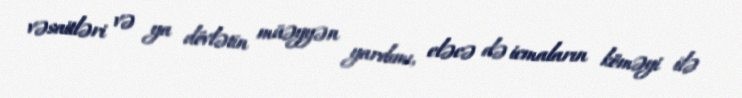
vəsaitləri və ya dövlətin müəyyən yardımı, eləcə də icmaların köməyi ilə